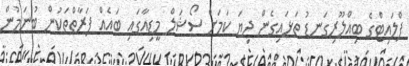
ފްލައިޓްގެ ބިއްލޫރިގަނޑު ތަޅައިގެން ދިޔަ ކަމަށް ސޯޝަލް މީޑިއާގައި ބައެއް ފަރާތްތަކުން ބުނަމުން